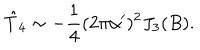
\hat { T } _ { 4 } \sim - \frac { 1 } { 4 } ( 2 \pi \alpha ^ { \prime } ) ^ { 2 } J _ { 3 } ( B ) .